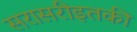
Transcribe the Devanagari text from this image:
सरासरीइतकी